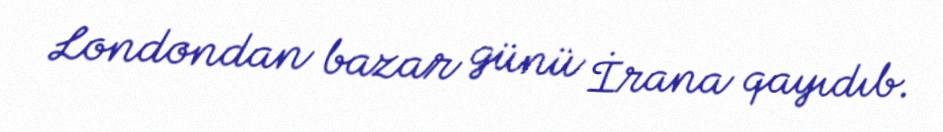
Londondan bazar günü İrana qayıdıb.